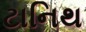
ટાનિથ